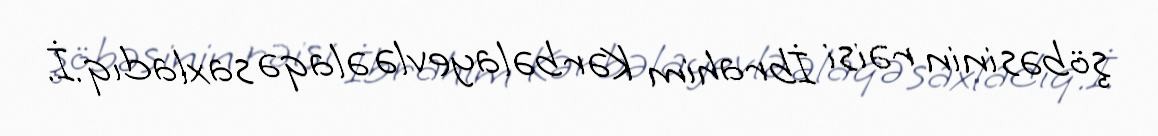
şöbəsinin rəisi İbrahim Kərbəlayevlə əlaqə saxladıq.İ.